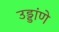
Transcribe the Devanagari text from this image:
उड्डांणे